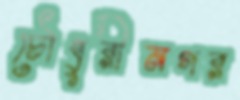
চৌধুরীনগর